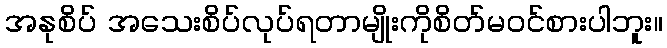
အနုစိပ် အသေးစိပ်လုပ်ရတာမျိုးကိုစိတ်မဝင်စားပါဘူး။